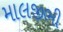
માલજીભી